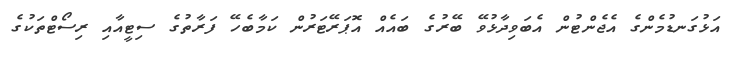
އަޅުގަނޑުމެންގެ އެޖެންޓުން އެބަވިދާޅުވޭ ބޭރުގެ ބައެއް އޮޕަރޭޓަރުން ކަމާބެހޭ ފަރާތުގެ ސިޓީއާއި ރިސޯޓްތަކުގެ